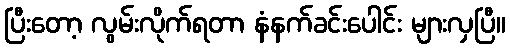
ပြီးတော့ လွမ်းလိုက်ရတာ နံနက်ခင်းပေါင်း များလှပြီ။